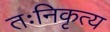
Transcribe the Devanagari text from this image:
तःनिकृत्य